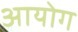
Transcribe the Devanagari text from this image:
अायोग